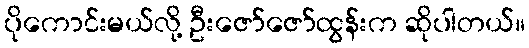
ပိုကောင်းမယ်လို့ ဦးဇော်ဇော်ထွန်းက ဆိုပါတယ်။